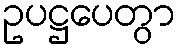
ဥပဋ္ဌပေတွာ